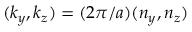
( k _ { y } , k _ { z } ) = ( 2 \pi / a ) ( n _ { y } , n _ { z } )